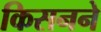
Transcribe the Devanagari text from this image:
किसनने